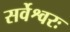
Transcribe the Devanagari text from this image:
सर्वेश्वरः